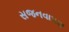
સજનવાપણ